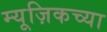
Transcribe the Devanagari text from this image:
म्यूज़िकच्या